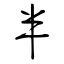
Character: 半